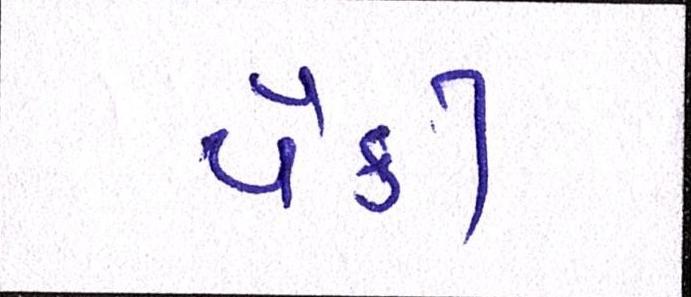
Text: પૈકી